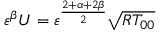
{ \varepsilon } ^ { \beta } U = { \varepsilon } ^ { \frac { 2 + \alpha + 2 \beta } { 2 } } \sqrt { R T _ { 0 0 } }